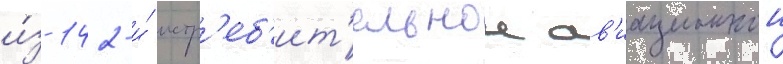
и́з 142-и́ истр'еб'ит'ельнои ав'иационнои